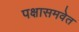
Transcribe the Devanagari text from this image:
पक्षासमवेत